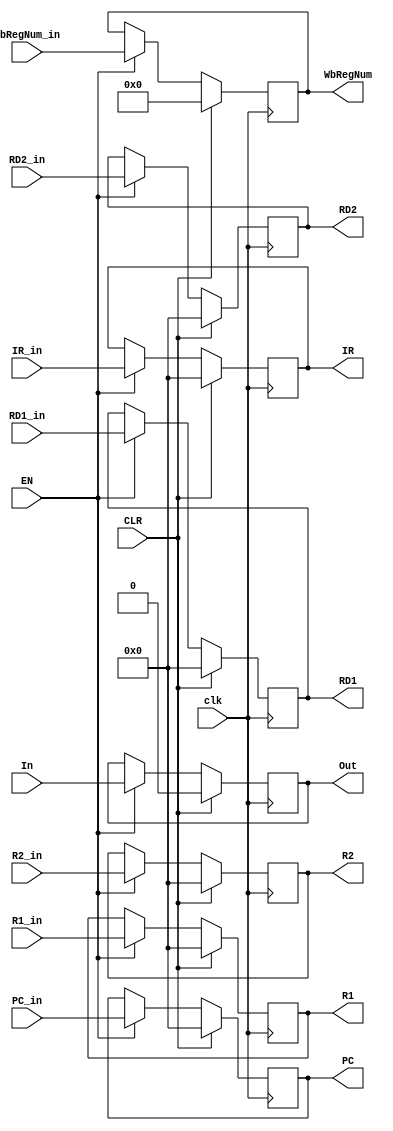
//
`timescale 1ns / 1ps
module EXtoMEM_reg(
    //
    input In, input clk,input EN, input CLR, output reg Out,
    input [31:0] IR_in, output reg [31:0] IR,
    input [31:0] PC_in, output reg [31:0] PC,
    //
    input [31:0] R1_in, output reg [31:0] R1,
    input [31:0] R2_in, output reg [31:0] R2,
    input [31:0] RD1_in, output reg [31:0] RD1,
    input [31:0] RD2_in, output reg [31:0] RD2,
    input [4:0] WbRegNum_in, output reg [4:0] WbRegNum


);
    always @(posedge clk) begin
        if (CLR)
            {Out,IR,PC,R1,R2,RD1,RD2,WbRegNum} <= 0;
        else if (EN) begin
            Out <= In;
            IR <= IR_in;
            PC <= PC_in;
            R1 <= R1_in;
            R2 <= R2_in;
            RD1 <= RD1_in;
            RD2 <= RD2_in;
            WbRegNum <= WbRegNum_in;
        end
    end

endmodule

//
module ExtoMEM_signal(
    //
    input In, input clk,input EN, input CLR, output reg Out,
    //
    //WB
    input RegWrite_in, output reg RegWrite,
    input LOWrite_in, output reg LOWrite,
    input HIWrite_in, output reg HIWrite,
    input MemtoReg_in, output reg MemtoReg,
    input JAL_in, output reg JAL,
    input SYSCALL_in, output reg SYSCALL,
    //MEM
    input MemWrite_in, output reg MemWrite,
    input UnsignedExt_Mem_in, output reg UnsignedExt_Mem,
    input Byte_in, output reg Byte,
    input Half_in, output reg Half
);
    always @(posedge clk) begin
        if (CLR)
            {Out,RegWrite,LOWrite,HIWrite,MemtoReg,JAL,MemWrite,UnsignedExt_Mem,Byte,Half} <= 0;
        else if (EN) begin
            Out <= In;

            RegWrite <= RegWrite_in;
            LOWrite <= LOWrite_in;
            HIWrite <= HIWrite_in;
            MemtoReg <= MemtoReg_in;
            JAL <= JAL_in;
            SYSCALL <= SYSCALL_in;

            MemWrite <= MemWrite_in;
            UnsignedExt_Mem <= UnsignedExt_Mem_in;
            Byte <= Byte_in;
            Half <= Half_in;
            
        end
    end

endmodule